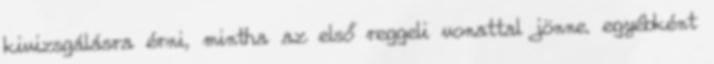
kivizsgálásra érni, mintha az első reggeli vonattal jönne. egyébként